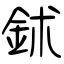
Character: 鉥